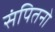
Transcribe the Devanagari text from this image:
संपितनो